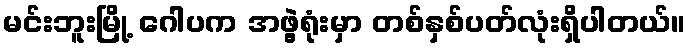
မင်းဘူးမြို့ ဂေါပက အဖွဲ့ရုံးမှာ တစ်နှစ်ပတ်လုံးရှိပါတယ်။